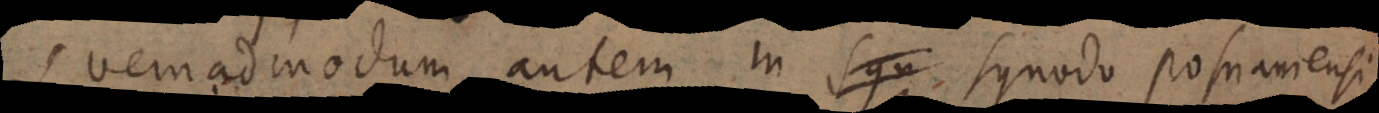
Quemadmodum autem in Synodo Posnaniensi